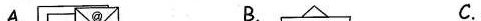
A. B. C.